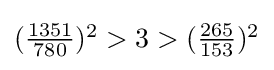
{\textstyle ({\frac {1351}{780}})^{2}>3>({\frac {265}{153}})^{2}}